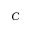
C